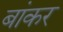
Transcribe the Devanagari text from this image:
बांकर